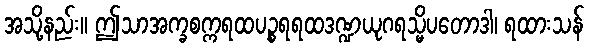
အသို့နည်း။ ဤသာအက္ခစက္ကရထပဉ္စရရထဒဏ္ဍယုဂရသ္မိပတောဒါ၊ ရထားသန်